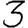
Digit: 3